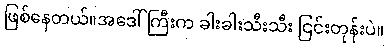
ဖြစ်နေတယ်။အဒေါ်ကြီးက ခါးခါးသီးသီး ငြင်းတုန်းပဲ။